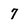
Character: 7